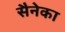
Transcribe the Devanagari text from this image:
सैनेका